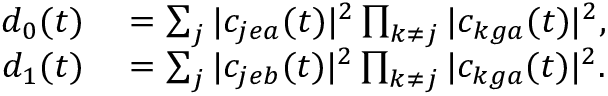
\begin{array} { r l } { d _ { 0 } ( t ) } & { { } = \sum _ { j } | c _ { j e a } ( t ) | ^ { 2 } \prod _ { k \neq j } | c _ { k g a } ( t ) | ^ { 2 } , } \\ { d _ { 1 } ( t ) } & { { } = \sum _ { j } | c _ { j e b } ( t ) | ^ { 2 } \prod _ { k \neq j } | c _ { k g a } ( t ) | ^ { 2 } . } \end{array}